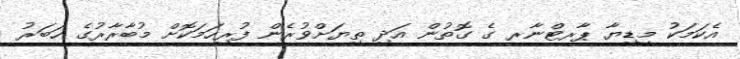
އެކަމަކު މީޑިޔާ ޕާރޓްނާރ ގެ ގޮތުން އަދި ތިޔަށްވުރެން ފުރިހަމަކޮށް މުބާރާރުގެ ހަބަރު